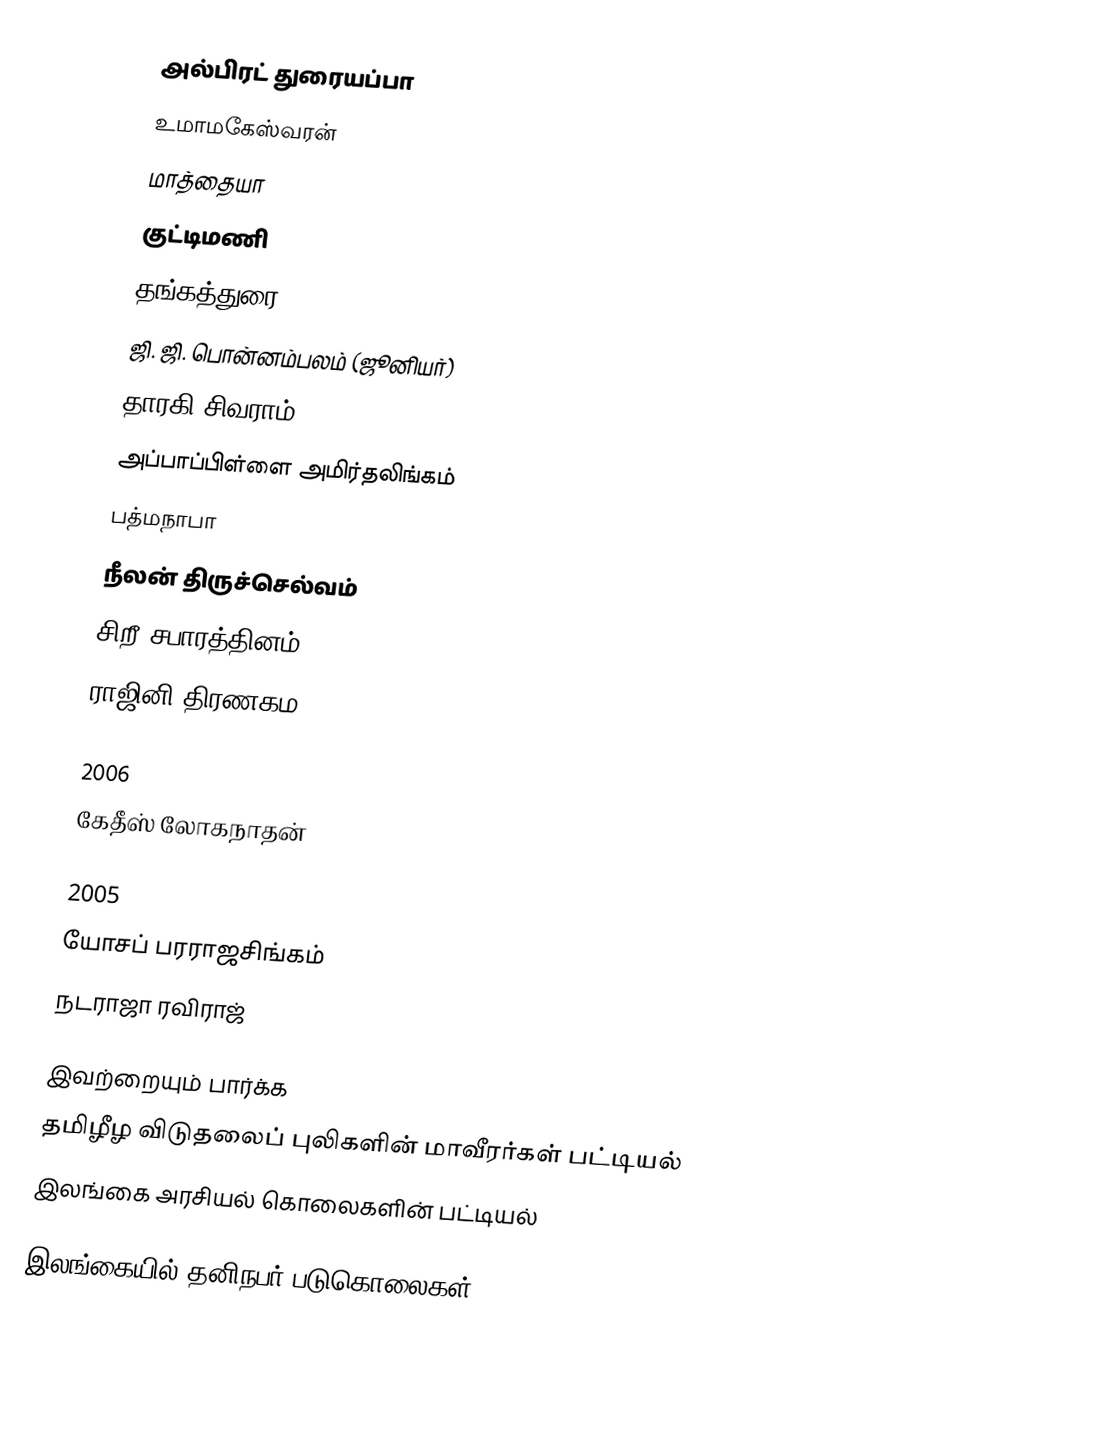
அல்பிரட் துரையப்பா
 உமாமகேஸ்வரன்
 மாத்தையா
 குட்டிமணி
 தங்கத்துரை
 ஜி. ஜி. பொன்னம்பலம் (ஜூனியர்)
 தாரகி சிவராம்
 அப்பாப்பிள்ளை அமிர்தலிங்கம்
 பத்மநாபா
 நீலன் திருச்செல்வம்
 சிறீ சபாரத்தினம்
 ராஜினி திரணகம

2006
 கேதீஸ் லோகநாதன்

2005
 யோசப் பரராஜசிங்கம்
 நடராஜா ரவிராஜ்

இவற்றையும் பார்க்க
 தமிழீழ விடுதலைப் புலிகளின் மாவீரர்கள் பட்டியல்
 இலங்கை அரசியல் கொலைகளின் பட்டியல்

இலங்கையில் தனிநபர் படுகொலைகள்